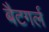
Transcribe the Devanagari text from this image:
बैटगर्ल